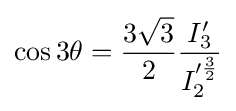
\cos 3\theta ={\frac {3{\sqrt {3}}}{2}}{\frac {I_{3}'}{I_{2}'^{\frac {3}{2}}}}